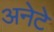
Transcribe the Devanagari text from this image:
अनेटे